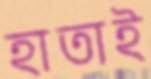
হাতাই